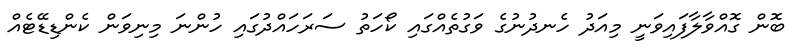
ބޮން ގޮއްވާލާފައިވަނީ މިއަދު ހެނދުނުގެ ވަގުތެއްގައި ކޯހަތު ސަރަހައްދުގައި ހުންނަ މިނިވަން ކެންޑިޑޭޓެއް